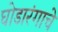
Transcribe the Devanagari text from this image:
घोडारंगाचे